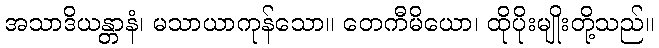
အသာဒိယန္တာနံ၊ မသာယာကုန်သော။ တေကီမိယော၊ ထိုပိုးမျိုးတို့သည်။